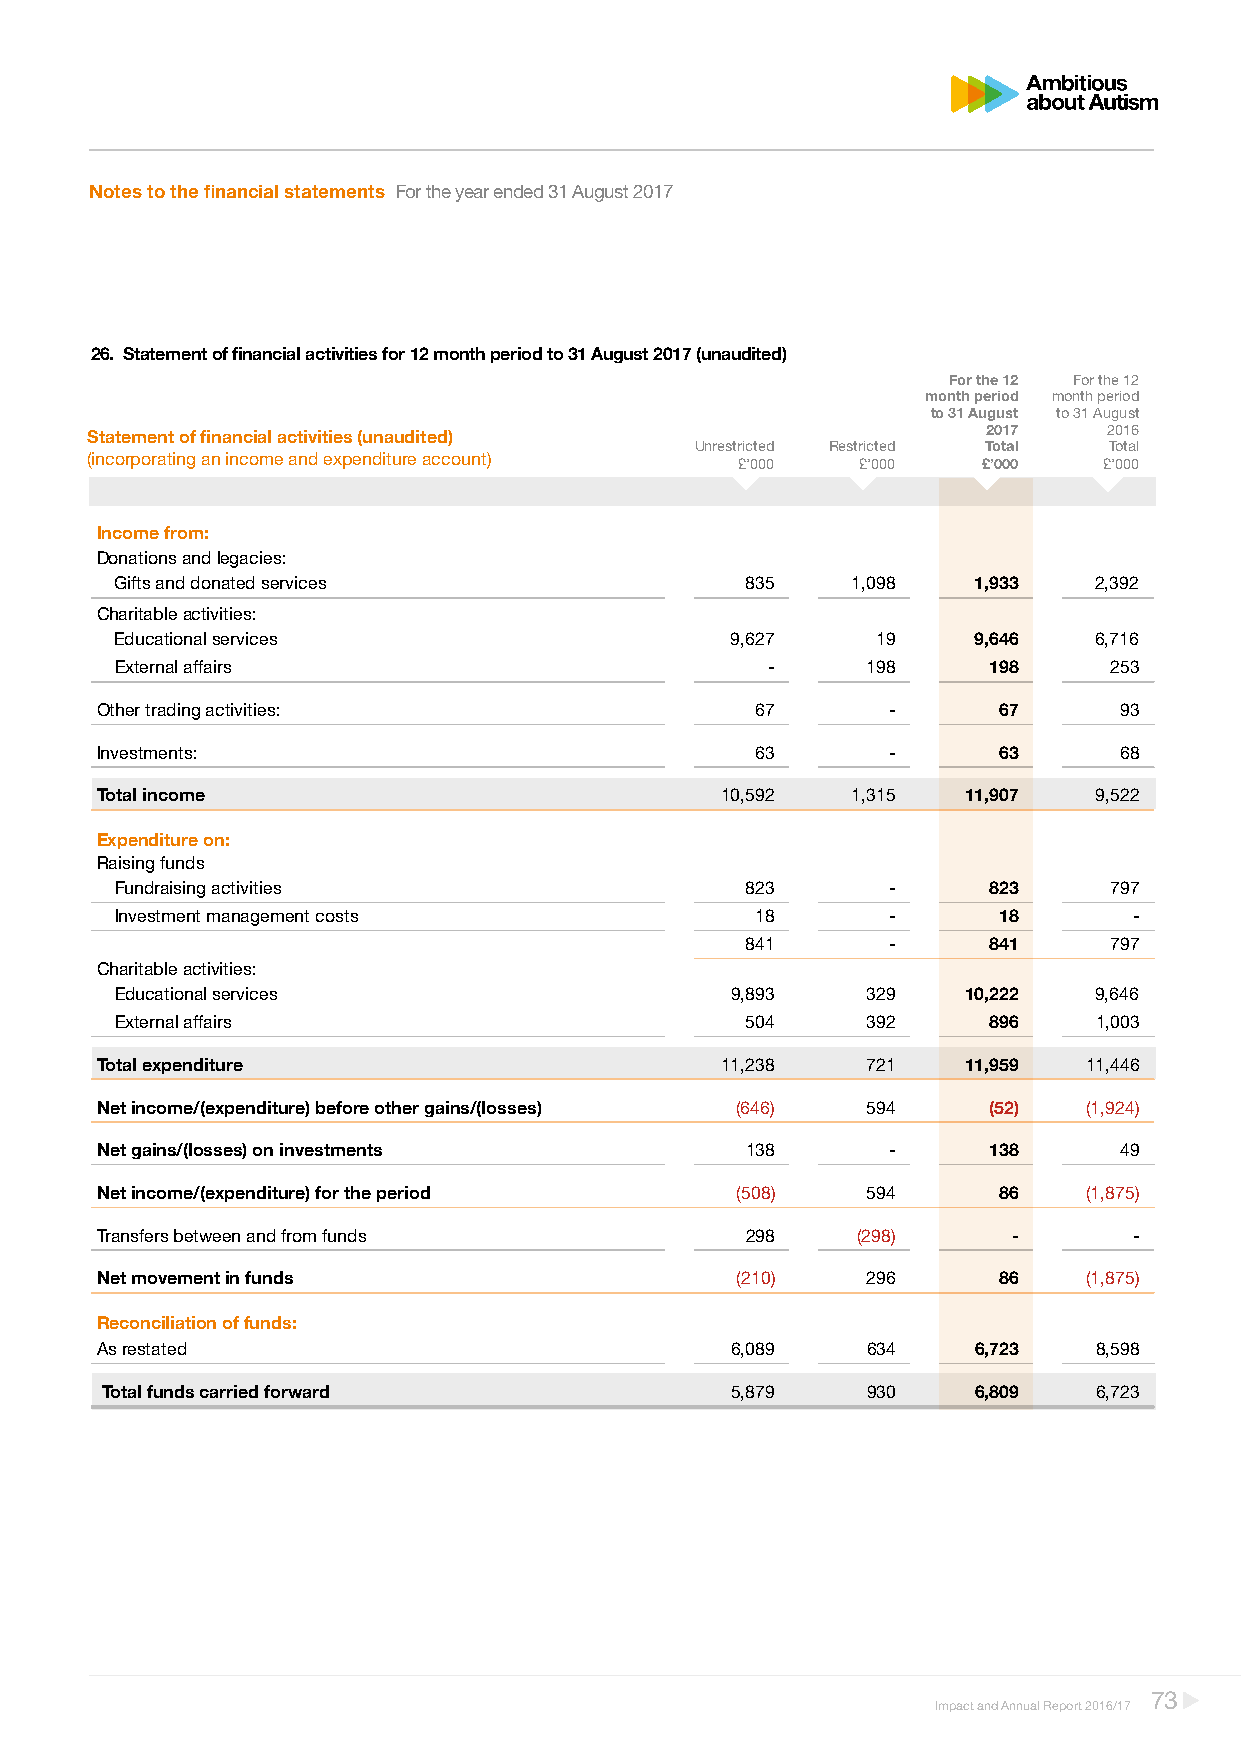
Notes to the financial statements For the year ended 31 August 2017
 26. Statement of financial activities for 12 month period to 31 August 2017 (unaudited)
 For the 12 For the 12
 month period month period
 to 31 August to 31 August
 S tatement of financial activities (unaud ited)            2017    2016
 Unrestricted Restricted Total Total
 ( incorporating an income and expenditure account) £’000 £’000 £’000 £’000
 Income from:
 Donations and legacies:
 Gifts and donated services               835    1,098   1,933   2,392
 Charitable activities:
 Educational services                    9,627     19    9,646   6,716
 External affairs                           -     198     198     253
 Other trading activities:                   67       -      67      93
 Investments:                                63       -      63      68
 Total income                              10,592  1,315   11,907  9,522
 Expenditure on:
 Raising funds
 Fundraising activities                   823       -     823     797
 Investment management costs               18       -      18       -
 841       -     841     797
 Charitable activities:
 Educational services                    9,893    329    10,222  9,646
 External affairs                         504     392     896    1,003
 Total expenditure                         11,238   721    11,959  11,446
 Net income/(expenditure) before other gains/(losses) (646) 594 (52) (1,924)
 Net gains/(losses) on investments          138       -     138      49
 Net income/(expenditure) for the period    (508)   594      86    (1,875)
 Transfers between and from funds           298     (298)     -       -
 Net movement in funds                      (210)   296      86    (1,875)
 Reconciliation of funds:
 As restated                               6,089    634    6,723   8,598
 Total funds carried forward              5,879    930    6,809   6,723
 73
 Impact and Annual Report 2016/17